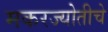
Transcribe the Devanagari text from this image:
मकरज्योतीचे